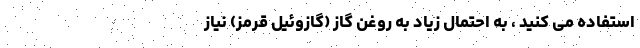
استفاده می کنید ، به احتمال زیاد به روغن گاز (گازوئیل قرمز) نیاز